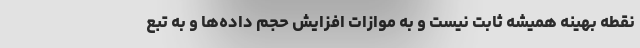
نقطه بهینه همیشه ثابت نیست و به موازات افزایش حجم داده‌ها و به تبع